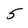
Character: 5